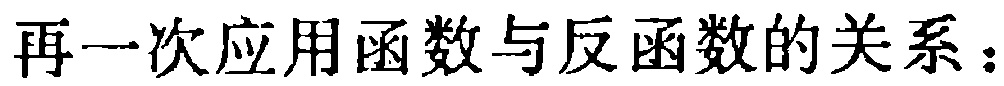
再一次应用函数与反函数的关系：